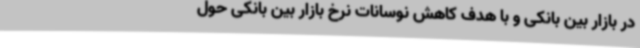
در بازار بین ‌بانکی و با هدف کاهش نوسانات نرخ بازار بین ‌بانکی حول